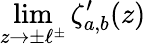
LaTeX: \displaystyle{\operatorname*{lim}_{z\rightarrow\pm\ell^{\pm}}\zeta_{a,b}^{\prime}(z)}